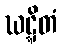
ဃဋ္ဋိတံ